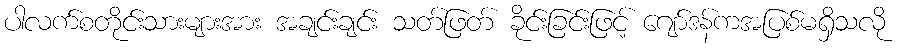
ပါလက်စတိုင်းသားများအား အချင်းချင်း သတ်ဖြတ် ခိုင်းခြင်းဖြင့် ဂျော်ဒန်ကအပြစ်မရှိသလို